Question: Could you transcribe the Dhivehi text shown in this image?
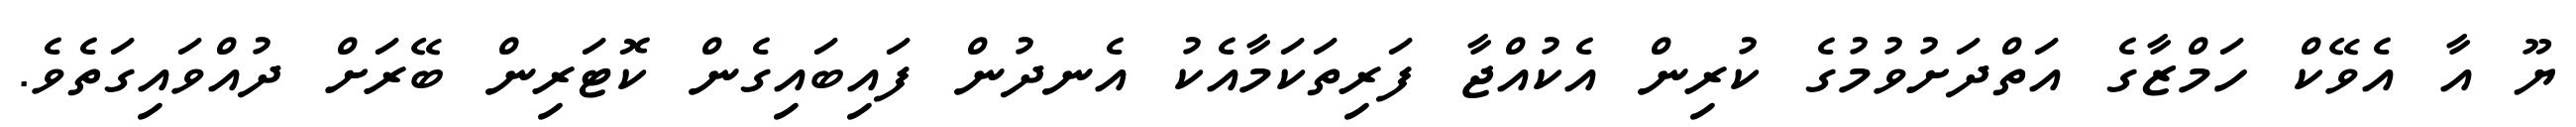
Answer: ޔޫ އާ އެވޭކް ހަމްޒާގެ އަތްދަށުވުމުގެ ކުރިން އެކުއްޖާ ފަރިތަކަމާއެކު އެނދުން ފައިބައިގެން ކޮޓަރިން ބޭރަށް ދުއްވައިގަތެވެ.